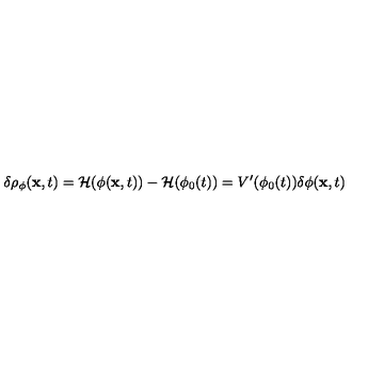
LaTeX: \delta \rho _ { \phi } ( { \bf x } , t ) = { \cal H } ( \phi ( { \bf x } , t ) ) - { \cal H } ( \phi _ { 0 } ( t ) ) = V ^ { \prime } ( \phi _ { 0 } ( t ) ) \delta \phi ( { \bf x } , t )